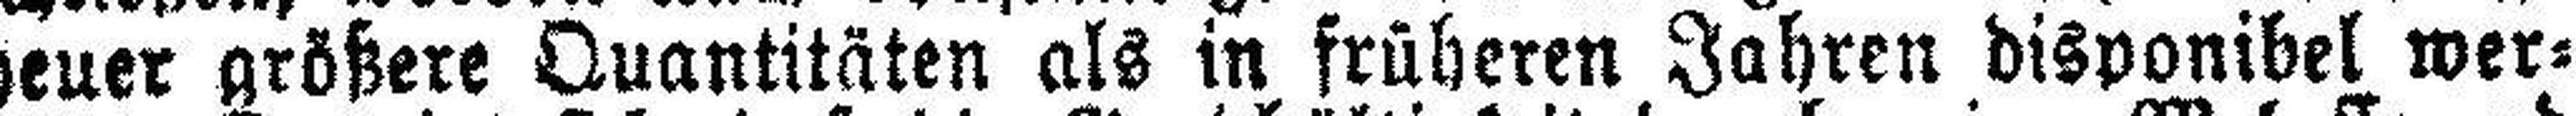
heuer größere Quantitäten als in früheren Jahren disponibel wer¬